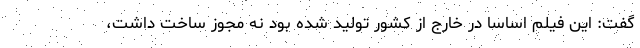
گفت: این فیلم اساسا در خارج از کشور تولید شده بود نه مجوز ساخت داشت،